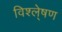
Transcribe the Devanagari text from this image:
विश्ले्षण